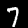
Digit: 7